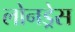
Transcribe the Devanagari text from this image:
लोनड्रेस